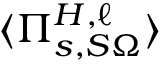
\langle \Pi _ { s , S \Omega } ^ { H , \ell } \rangle